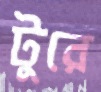
টুরে